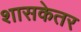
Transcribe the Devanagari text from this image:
शासकेतर